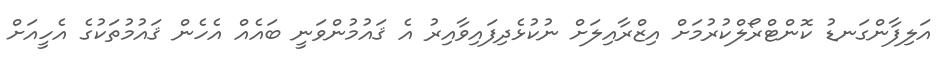
އަލިފާންގަނޑު ކޮންޓްރޯލްކުރުމަށް އިޒްރާއިލަށް ނުކުޅެދިފައިވާއިރު އެ ޤައުމުންވަނީ ބައެއް އެހެން ޤައުމުތަކުގެ އެހީއަށް